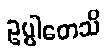
ဥပ္ပါတေသိ